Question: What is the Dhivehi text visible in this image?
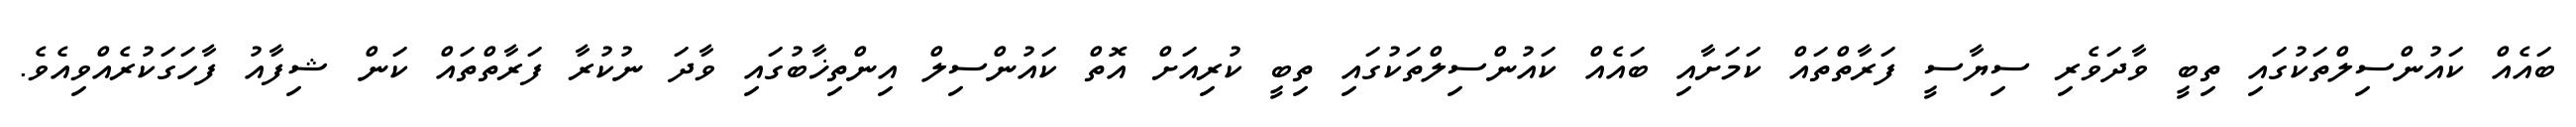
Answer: ބައެއް ކައުންސިލްތަކުގައި ތިބީ ވާދަވެރި ސިޔާސީ ފަރާތްތައް ކަމަށާއި ބައެއް ކައުންސިލްތަކުގައި ތިބީ ކުރިއަށް އޮތް ކައުންސިލް އިންތިޚާބުގައި ވާދަ ނުކުރާ ފަރާތްތައް ކަން ޝިފާއު ފާހަގަކުރެއްވިއެވެ.